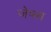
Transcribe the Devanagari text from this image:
जेफ्स